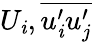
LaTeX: U_{\mathit{i}},\overline{{{u_{\mathit{i}}^{\prime}u_{j}^{\prime}}}}